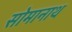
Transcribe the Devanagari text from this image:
सोमानाथ